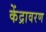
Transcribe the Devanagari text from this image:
केंद्रावरण